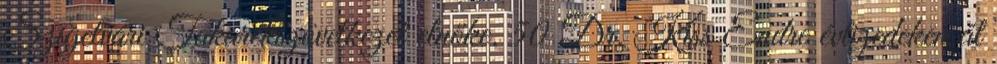
Szigetvári Takarékszövetkezet elnöke. 50 Dr. Kiss Endre évtizedeken át